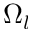
\Omega _ { l }